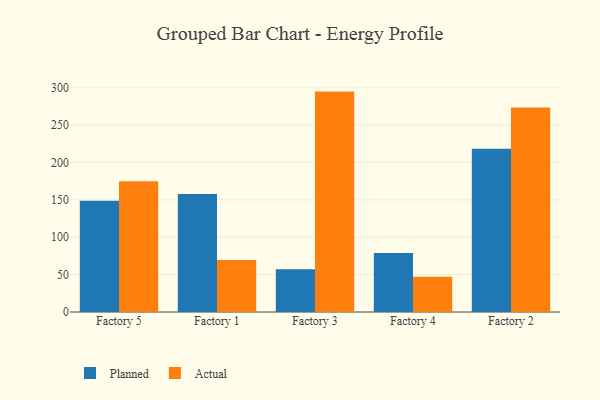
{"axis": {"x": "Factory", "y": "Market Share (%)"}, "legend": ["Actual", "Planned"], "data": [{"x": "Factory 5", "y": 148.7, "type": "Planned"}, {"x": "Factory 5", "y": 175.0, "type": "Actual"}, {"x": "Factory 1", "y": 157.8, "type": "Planned"}, {"x": "Factory 1", "y": 69.7, "type": "Actual"}, {"x": "Factory 3", "y": 57.2, "type": "Planned"}, {"x": "Factory 3", "y": 294.9, "type": "Actual"}, {"x": "Factory 4", "y": 78.9, "type": "Planned"}, {"x": "Factory 4", "y": 47.1, "type": "Actual"}, {"x": "Factory 2", "y": 218.4, "type": "Planned"}, {"x": "Factory 2", "y": 273.7, "type": "Actual"}]}